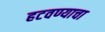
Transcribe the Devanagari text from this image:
हटवण्याचा